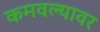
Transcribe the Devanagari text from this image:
कमवल्यावर